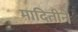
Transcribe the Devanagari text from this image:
मादितीने